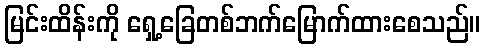
မြင်းထိန်းကို ရှေ့ခြေတစ်ဘက်မြောက်ထားစေသည်။